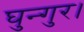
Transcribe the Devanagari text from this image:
घुन्गुर।